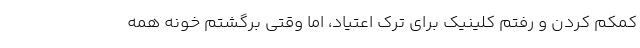
کمکم کردن و رفتم کلینیک برای ترک اعتیاد، اما وقتی برگشتم خونه همه‌